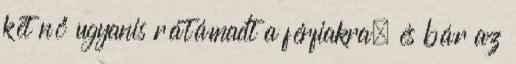
két nő ugyanis rátámadt a férfiakra, és bár az